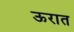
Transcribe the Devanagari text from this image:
ऊरात